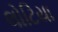
લોટિયા